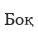
Боқ